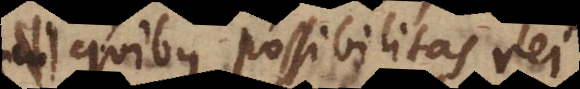
ex quibus possibilitas rei